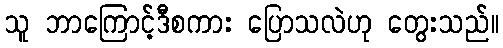
သူ ဘာကြောင့်ဒီစကား ပြောသလဲဟု တွေးသည်။